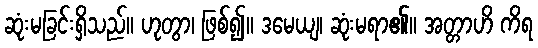
ဆုံးမခြင်းရှိသည်။ ဟုတွာ၊ ဖြစ်၍။ ဒမေယျ၊ ဆုံးမရာ၏။ အတ္တာဟိ ကိရ